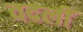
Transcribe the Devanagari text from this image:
वदलीं